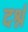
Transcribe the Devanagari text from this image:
दर्श्न